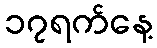
၁၇ရက်နေ့